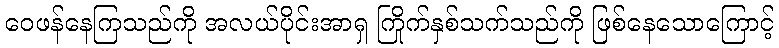
ဝေဖန်နေကြသည်ကို အလယ်ပိုင်းအာရှ ကြိုက်နှစ်သက်သည်ကို ဖြစ်နေသောကြောင့်